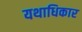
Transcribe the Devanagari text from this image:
यथाधिकार